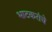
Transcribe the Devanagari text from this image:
भाटकरांचे